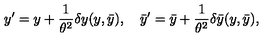
y ^ { \prime } = y + { \frac { 1 } { \theta ^ { 2 } } } \delta y ( y , \bar { y } ) , \quad \bar { y } ^ { \prime } = \bar { y } + { \frac { 1 } { \theta ^ { 2 } } } \delta \bar { y } ( y , \bar { y } ) ,